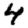
Digit: 4